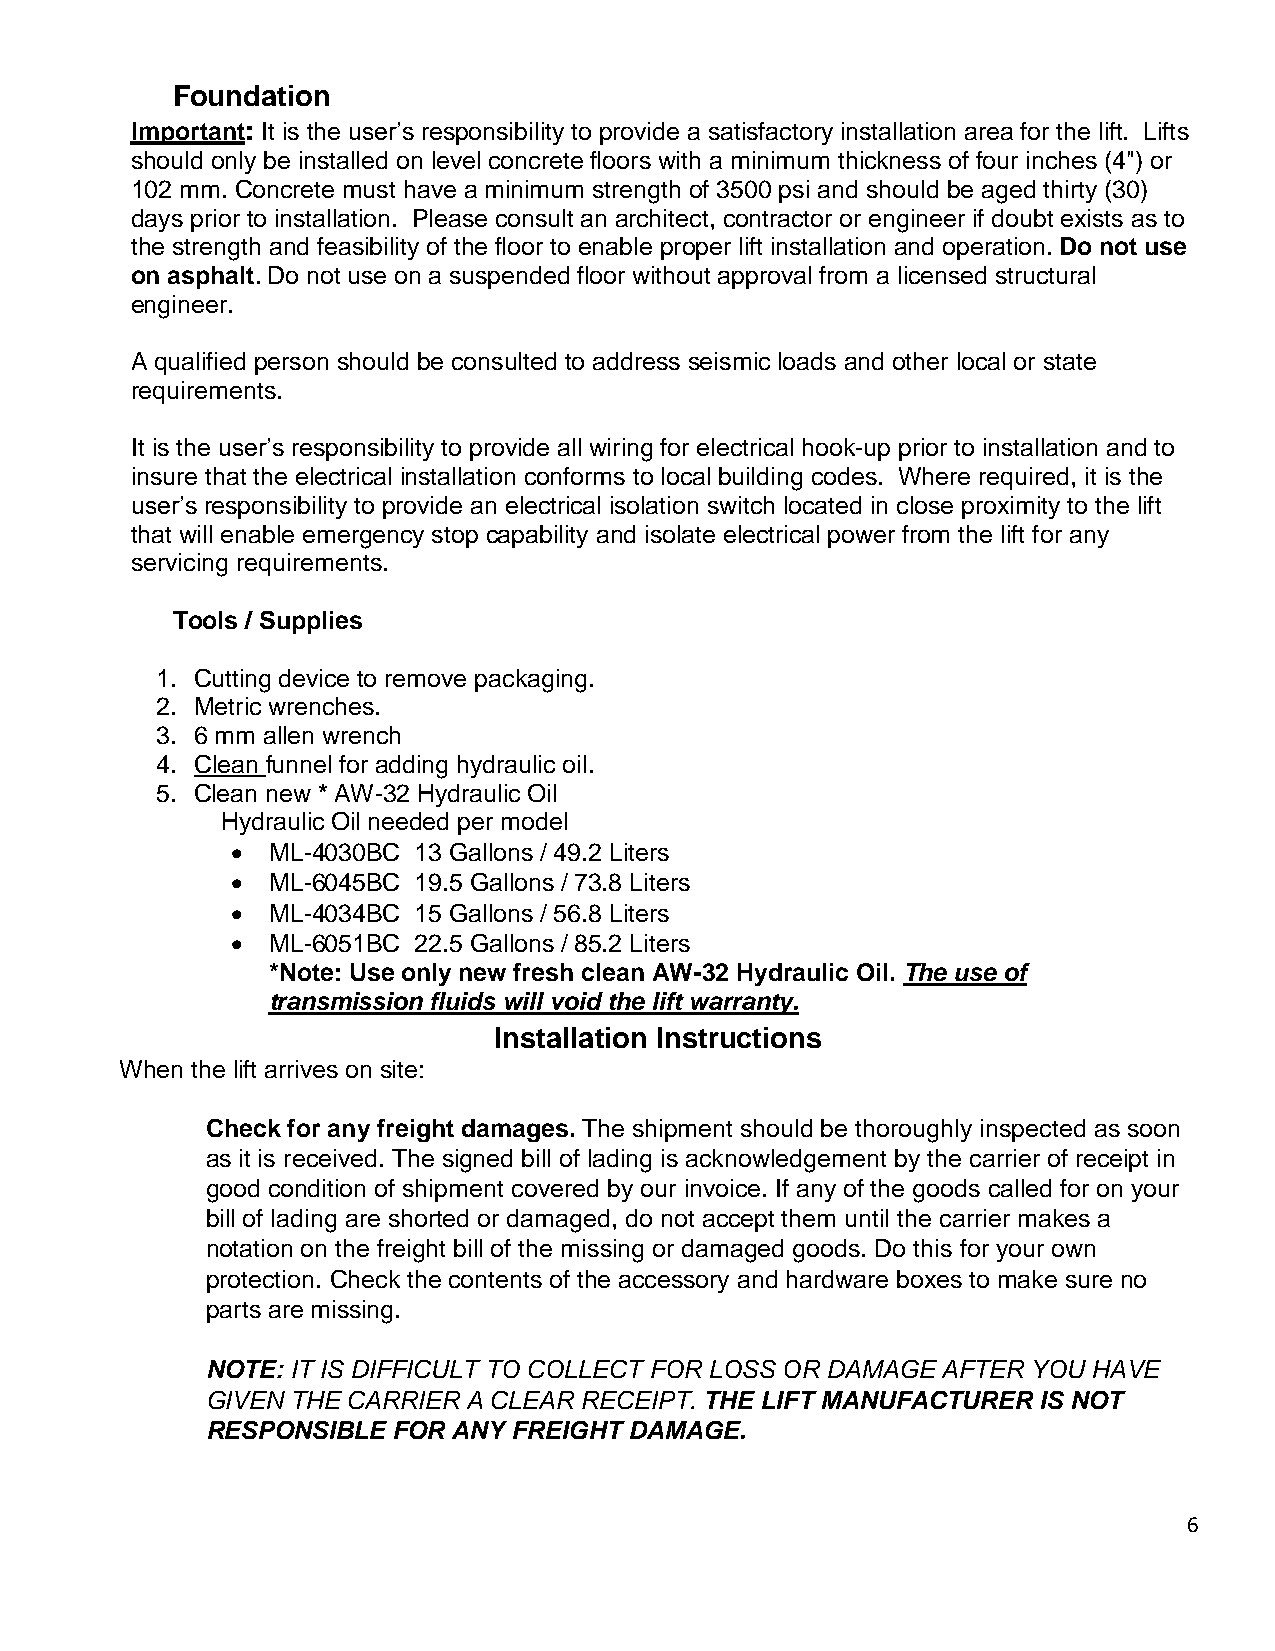
Foundation
 Important: It is the user’s responsibility to provide a satisfactory installation area for the lift. Lifts
 should only be installed on level concrete floors with a minimum thickness of four inches (4") or
 102 mm. Concrete must have a minimum strength of 3500 psi and should be aged thirty (30)
 days prior to installation. Please consult an architect, contractor or engineer if doubt exists as to
 the strength and feasibility of the floor to enable proper lift installation and operation. Do not use
 on asphalt. Do not use on a suspended floor without approval from a licensed structural
 engineer.
 A qualified person should be consulted to address seismic loads and other local or state
 requirements.
 It is the user’s responsibility to provide all wiring for electrical hook-up prior to installation and to
 insure that the electrical installation conforms to local building codes. Where required, it is the
 user’s responsibility to provide an electrical isolation switch located in close proximity to the lift
 that will enable emergency stop capability and isolate electrical power from the lift for any
 servicing requirements.
 Tools / Supplies
 1. Cutting device to remove packaging.
 2. Metric wrenches.
 3. 6 mm allen wrench
 4. Clean funnel for adding hydraulic oil.
 5. Clean new * AW-32 Hydraulic Oil
 Hydraulic Oil needed per model
   ML-4030BC 13 Gallons / 49.2 Liters
   ML-6045BC 19.5 Gallons / 73.8 Liters
   ML-4034BC 15 Gallons / 56.8 Liters
   ML-6051BC 22.5 Gallons / 85.2 Liters
 *Note: Use only new fresh clean AW-32 Hydraulic Oil. The use of
 transmission fluids will void the lift warranty.
 Installation Instructions
 When the lift arrives on site:
 Check for any freight damages. The shipment should be thoroughly inspected as soon
 as it is received. The signed bill of lading is acknowledgement by the carrier of receipt in
 good condition of shipment covered by our invoice. If any of the goods called for on your
 bill of lading are shorted or damaged, do not accept them until the carrier makes a
 notation on the freight bill of the missing or damaged goods. Do this for your own
 protection. Check the contents of the accessory and hardware boxes to make sure no
 parts are missing.
 NOTE: IT IS DIFFICULT TO COLLECT FOR LOSS OR DAMAGE AFTER YOU HAVE
 GIVEN THE CARRIER A CLEAR RECEIPT. THE LIFT MANUFACTURER IS NOT
 RESPONSIBLE FOR ANY FREIGHT DAMAGE.
 6